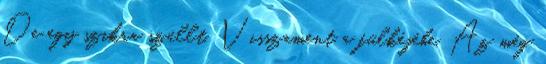
De egy szikra szállt. Visszament a fülkéjébe. Az még